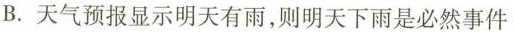
B.天气预报显示明天有雨，则明天下雨是必然事件